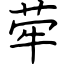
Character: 荦